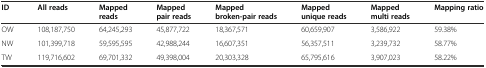
| ID | All reads | Mapped reads | Mapped pair reads | Mapped broken-pair reads | Mapped unique reads | Mapped multi reads | Mapping ratio |
 | --- | --- | --- | --- | --- | --- | --- | --- |
 | OW | 108,187,750 | 64,245,293 | 45,877,722 | 18,367,571 | 60,659,907 | 3,586,922 | 59.38% |
 | NW | 101,399,718 | 59,595,595 | 42,988,244 | 16,607,351 | 56,357,511 | 3,239,732 | 58.77% |
 | TW | 119,716,602 | 69,701,332 | 49,398,004 | 20,303,328 | 65,795,616 | 3,907,023 | 58.22% |